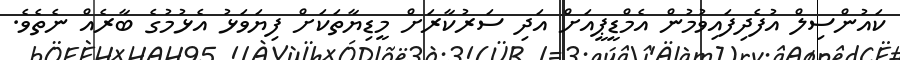
ކައުންސިލް އުފެދިފައިވުމުން އެމްޑީޕީއަށް އަދި ސަރުކާރަށް މީޑިޔާތަކަށް ފިޔަވަޅު އެޅުމުގެ ބާރެއް ނެތެވެ.